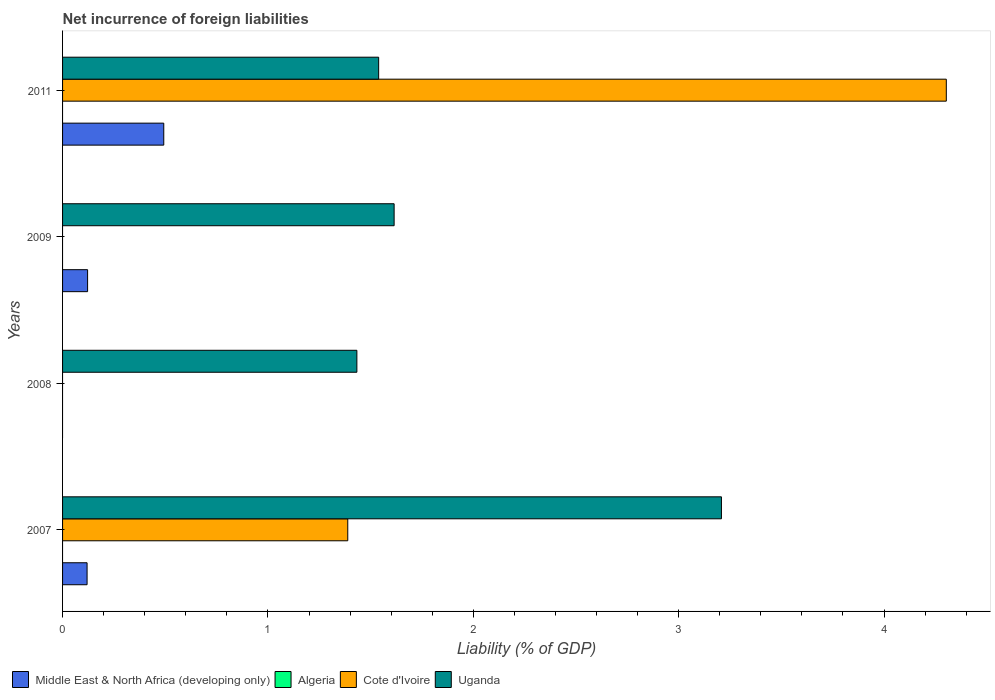
| Years | Middle East & North Africa (developing only) | Algeria | Cote d'Ivoire | Uganda |
 | --- | --- | --- | --- | --- |
 | 2007 | 0.119 | -1.18 | 1.39 | 3.21 |
 | 2008 | -0.0174 | -0.0389 | -1.3 | 1.43 |
 | 2009 | 0.122 | -0.012 | -0.914 | 1.61 |
 | 2011 | 0.493 | -0.00533 | 4.3 | 1.54 |